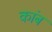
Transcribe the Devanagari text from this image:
कांब